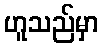
ဟူသည်မှာ